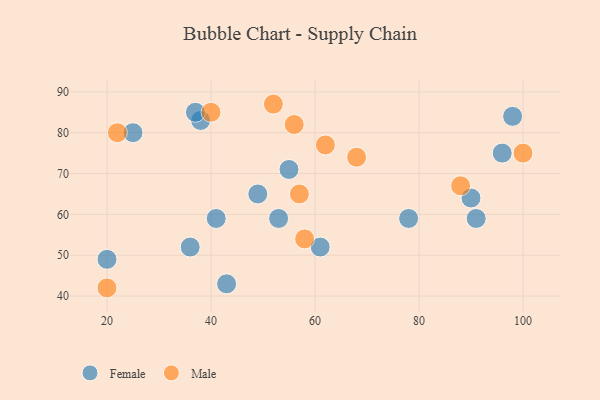
{"axis": {"x": "GDP", "y": "Life Expectancy"}, "legend": ["Female", "Male"], "data": [{"x": "20", "y": 49, "type": "Female"}, {"x": "78", "y": 59, "type": "Female"}, {"x": "36", "y": 52, "type": "Female"}, {"x": "49", "y": 65, "type": "Female"}, {"x": "98", "y": 84, "type": "Female"}, {"x": "91", "y": 59, "type": "Female"}, {"x": "96", "y": 75, "type": "Female"}, {"x": "41", "y": 59, "type": "Female"}, {"x": "90", "y": 64, "type": "Female"}, {"x": "55", "y": 71, "type": "Female"}, {"x": "25", "y": 80, "type": "Female"}, {"x": "53", "y": 59, "type": "Female"}, {"x": "43", "y": 43, "type": "Female"}, {"x": "38", "y": 83, "type": "Female"}, {"x": "61", "y": 52, "type": "Female"}, {"x": "37", "y": 85, "type": "Female"}, {"x": "20", "y": 42, "type": "Male"}, {"x": "100", "y": 75, "type": "Male"}, {"x": "62", "y": 77, "type": "Male"}, {"x": "22", "y": 80, "type": "Male"}, {"x": "56", "y": 82, "type": "Male"}, {"x": "52", "y": 87, "type": "Male"}, {"x": "88", "y": 67, "type": "Male"}, {"x": "68", "y": 74, "type": "Male"}, {"x": "58", "y": 54, "type": "Male"}, {"x": "57", "y": 65, "type": "Male"}, {"x": "40", "y": 85, "type": "Male"}]}